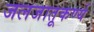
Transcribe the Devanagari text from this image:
जलजातूकर्ण्य